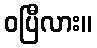
ဝပြီလား။